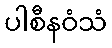
ပါစီနဝံသံ